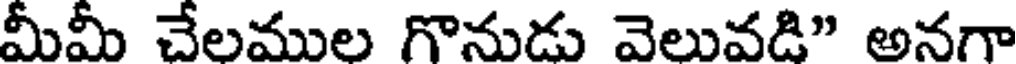
మీమీ చేలముల గొనుడు వెలువడి" అనగా